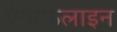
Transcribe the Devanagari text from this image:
ऐनाफलाइन